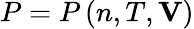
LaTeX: P=P\left(n,T,\mathbf{V}\right)